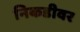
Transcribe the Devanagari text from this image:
निकडीवर